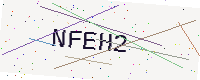
Text: NFEH2